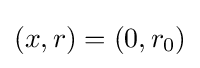
(x,r)=(0,r_{0})